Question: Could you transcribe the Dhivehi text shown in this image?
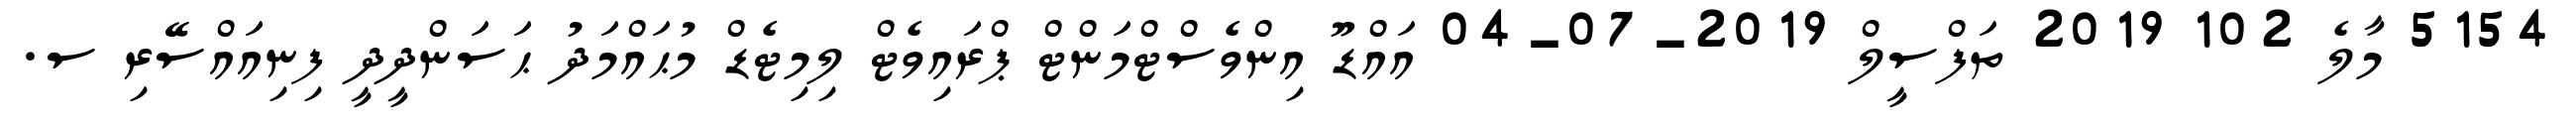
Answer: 5154 މާލެ 102 2019 ތަފްސީލް 2019-07-04 އައްޑޫ އިންވެސްޓްމަންޓް ޕްރައިވެޓް ލިމިޓެޑް މުޙައްމަދު ޙަސަންދީދީ ފިނިއައްސޭރި ސ.